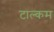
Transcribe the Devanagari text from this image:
टाल्कम